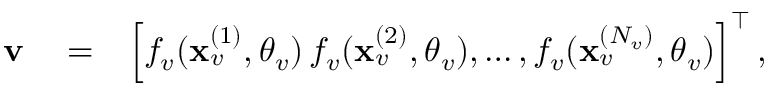
\begin{array} { r l r } { { \bf v } } & { { } = } & { \left[ f _ { v } ( \mathbf { x } _ { v } ^ { ( 1 ) } , \boldsymbol { \theta } _ { v } ) \, f _ { v } ( \mathbf { x } _ { v } ^ { ( 2 ) } , \boldsymbol { \theta } _ { v } ) , \dots , f _ { v } ( \mathbf { x } _ { v } ^ { ( { N _ { v } } ) } , \boldsymbol { \theta } _ { v } ) \right] ^ { \top } , } \end{array}